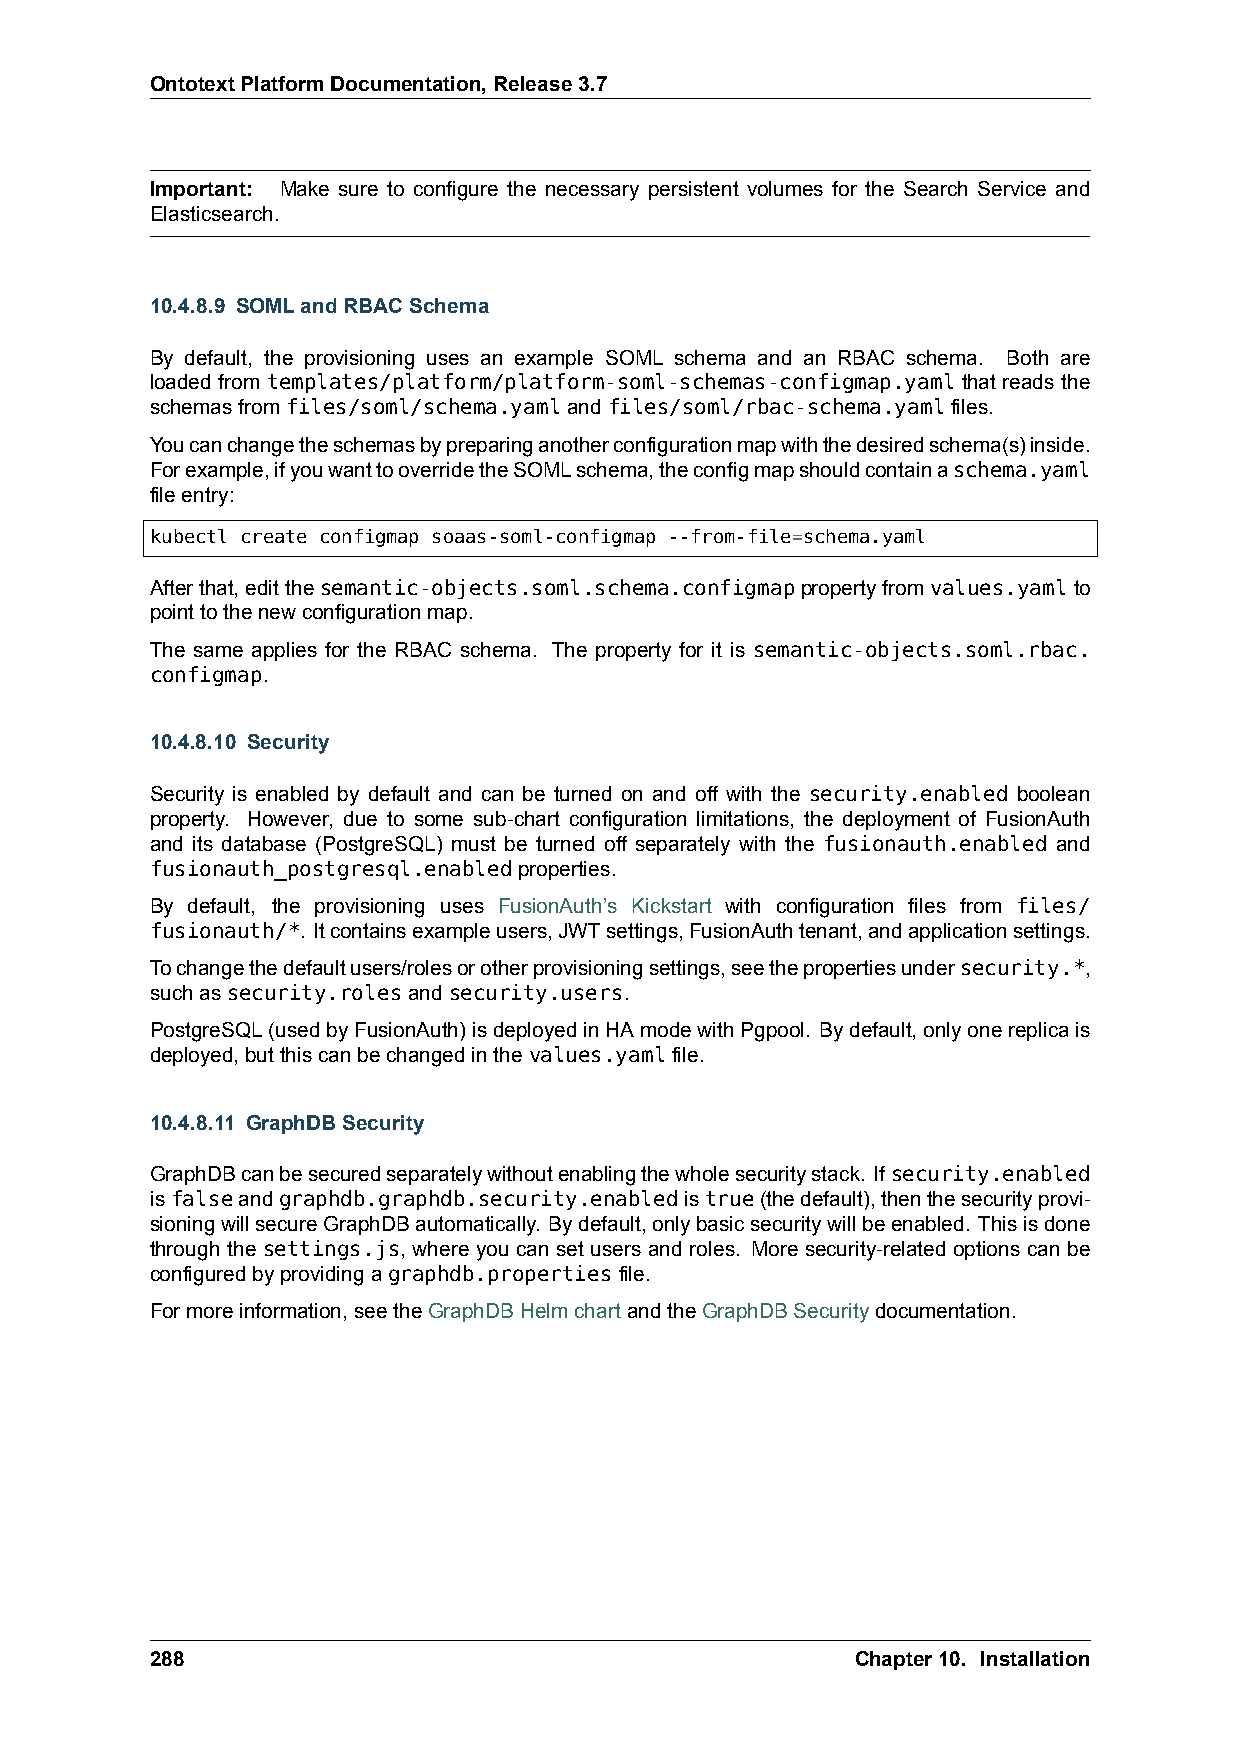
OntotextPlatformDocumentation,Release3.7
 Important: Make sure to configure the necessary persistent volumes for the Search Service and
 Elasticsearch.
 10.4.8.9 SOMLandRBACSchema
 By default, the provisioning uses an example SOML schema and an RBAC schema. Both are
 loaded from templates/platform/platform-soml-schemas-configmap.yaml that reads the
 schemasfromfiles/soml/schema.yamlandfiles/soml/rbac-schema.yamlfiles.
 Youcanchangetheschemasbypreparinganotherconfigurationmapwiththedesiredschema(s)inside.
 Forexample,ifyouwanttooverridetheSOMLschema,theconfigmapshouldcontainaschema.yaml
 fileentry:
 kubectl create configmap soaas-soml-configmap --from-file=schema.yaml
 Afterthat,editthesemantic-objects.soml.schema.configmappropertyfromvalues.yamlto
 pointtothenewconfigurationmap.
 The same applies for the RBAC schema. The property for it is semantic-objects.soml.rbac.
 configmap.
 10.4.8.10 Security
 Security is enabled by default and can be turned on and off with the security.enabled boolean
 property. However, due to some sub-chart configuration limitations, the deployment of FusionAuth
 and its database (PostgreSQL) must be turned off separately with the fusionauth.enabled and
 fusionauth_postgresql.enabledproperties.
 By default, the provisioning uses FusionAuth’s Kickstart with configuration files from files/
 fusionauth/*. Itcontainsexampleusers,JWTsettings,FusionAuthtenant,andapplicationsettings.
 Tochangethedefaultusers/rolesorotherprovisioningsettings,seethepropertiesundersecurity.*,
 suchassecurity.rolesandsecurity.users.
 PostgreSQL(usedbyFusionAuth)isdeployedinHAmodewithPgpool. Bydefault,onlyonereplicais
 deployed,butthiscanbechangedinthevalues.yamlfile.
 10.4.8.11 GraphDBSecurity
 GraphDBcanbesecuredseparatelywithoutenablingthewholesecuritystack. Ifsecurity.enabled
 isfalseandgraphdb.graphdb.security.enabledistrue(thedefault),thenthesecurityprovi-
 sioningwillsecureGraphDBautomatically. Bydefault,onlybasicsecuritywillbeenabled. Thisisdone
 through the settings.js, where you can set users and roles. More security-related options can be
 configuredbyprovidingagraphdb.propertiesfile.
 Formoreinformation,seetheGraphDBHelmchartandtheGraphDBSecuritydocumentation.
 288                                            Chapter10. Installation